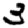
Digit: 3